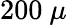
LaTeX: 200\ \mu